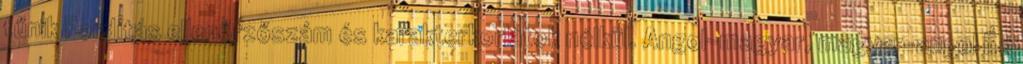
tűnik Fordítás ellenőrzőszám és karakterkorlátok nélkül. Angol-magyar, magyar-angol És